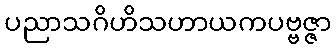
ပညာသဂိဟိသဟာယကပဗ္ဗဇ္ဇာ